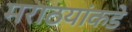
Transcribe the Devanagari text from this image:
मराठयांकडे